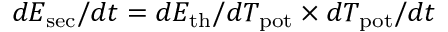
d E _ { \mathrm { s e c } } / d t = d E _ { \mathrm { t h } } / d T _ { \mathrm { p o t } } \times d T _ { \mathrm { p o t } } / d t